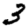
Digit: 3